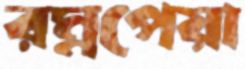
রম্নপেয়া